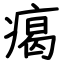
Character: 𤸎